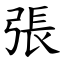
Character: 張